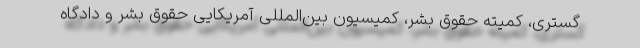
گستری، کمیته حقوق بشر، کمیسیون بین‌المللی آمریکایی حقوق بشر و دادگاه